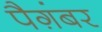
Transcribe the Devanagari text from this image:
पैग़ंबर